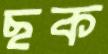
ছক